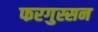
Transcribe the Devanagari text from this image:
फरगुस्सन